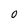
Character: 0